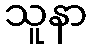
သူနာ